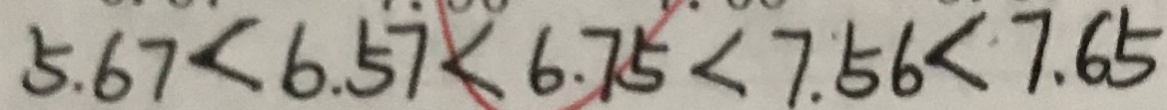
5 . 6 7 < 6 . 5 7 < 6 . 7 5 < 7 . 5 6 < 7 . 6 5